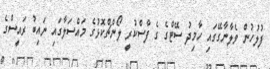
ފުލުހުން ވެލާނާގޭގައި ހާމިދު ސޭޓްގެ ގެ ފާސްކުރީ ލޯންޗްކޮޅުގެ މައްސަލާގައި ނައިބު ރައީސްގެ